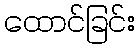
ထောင်ခြင်း